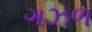
ગઝળ